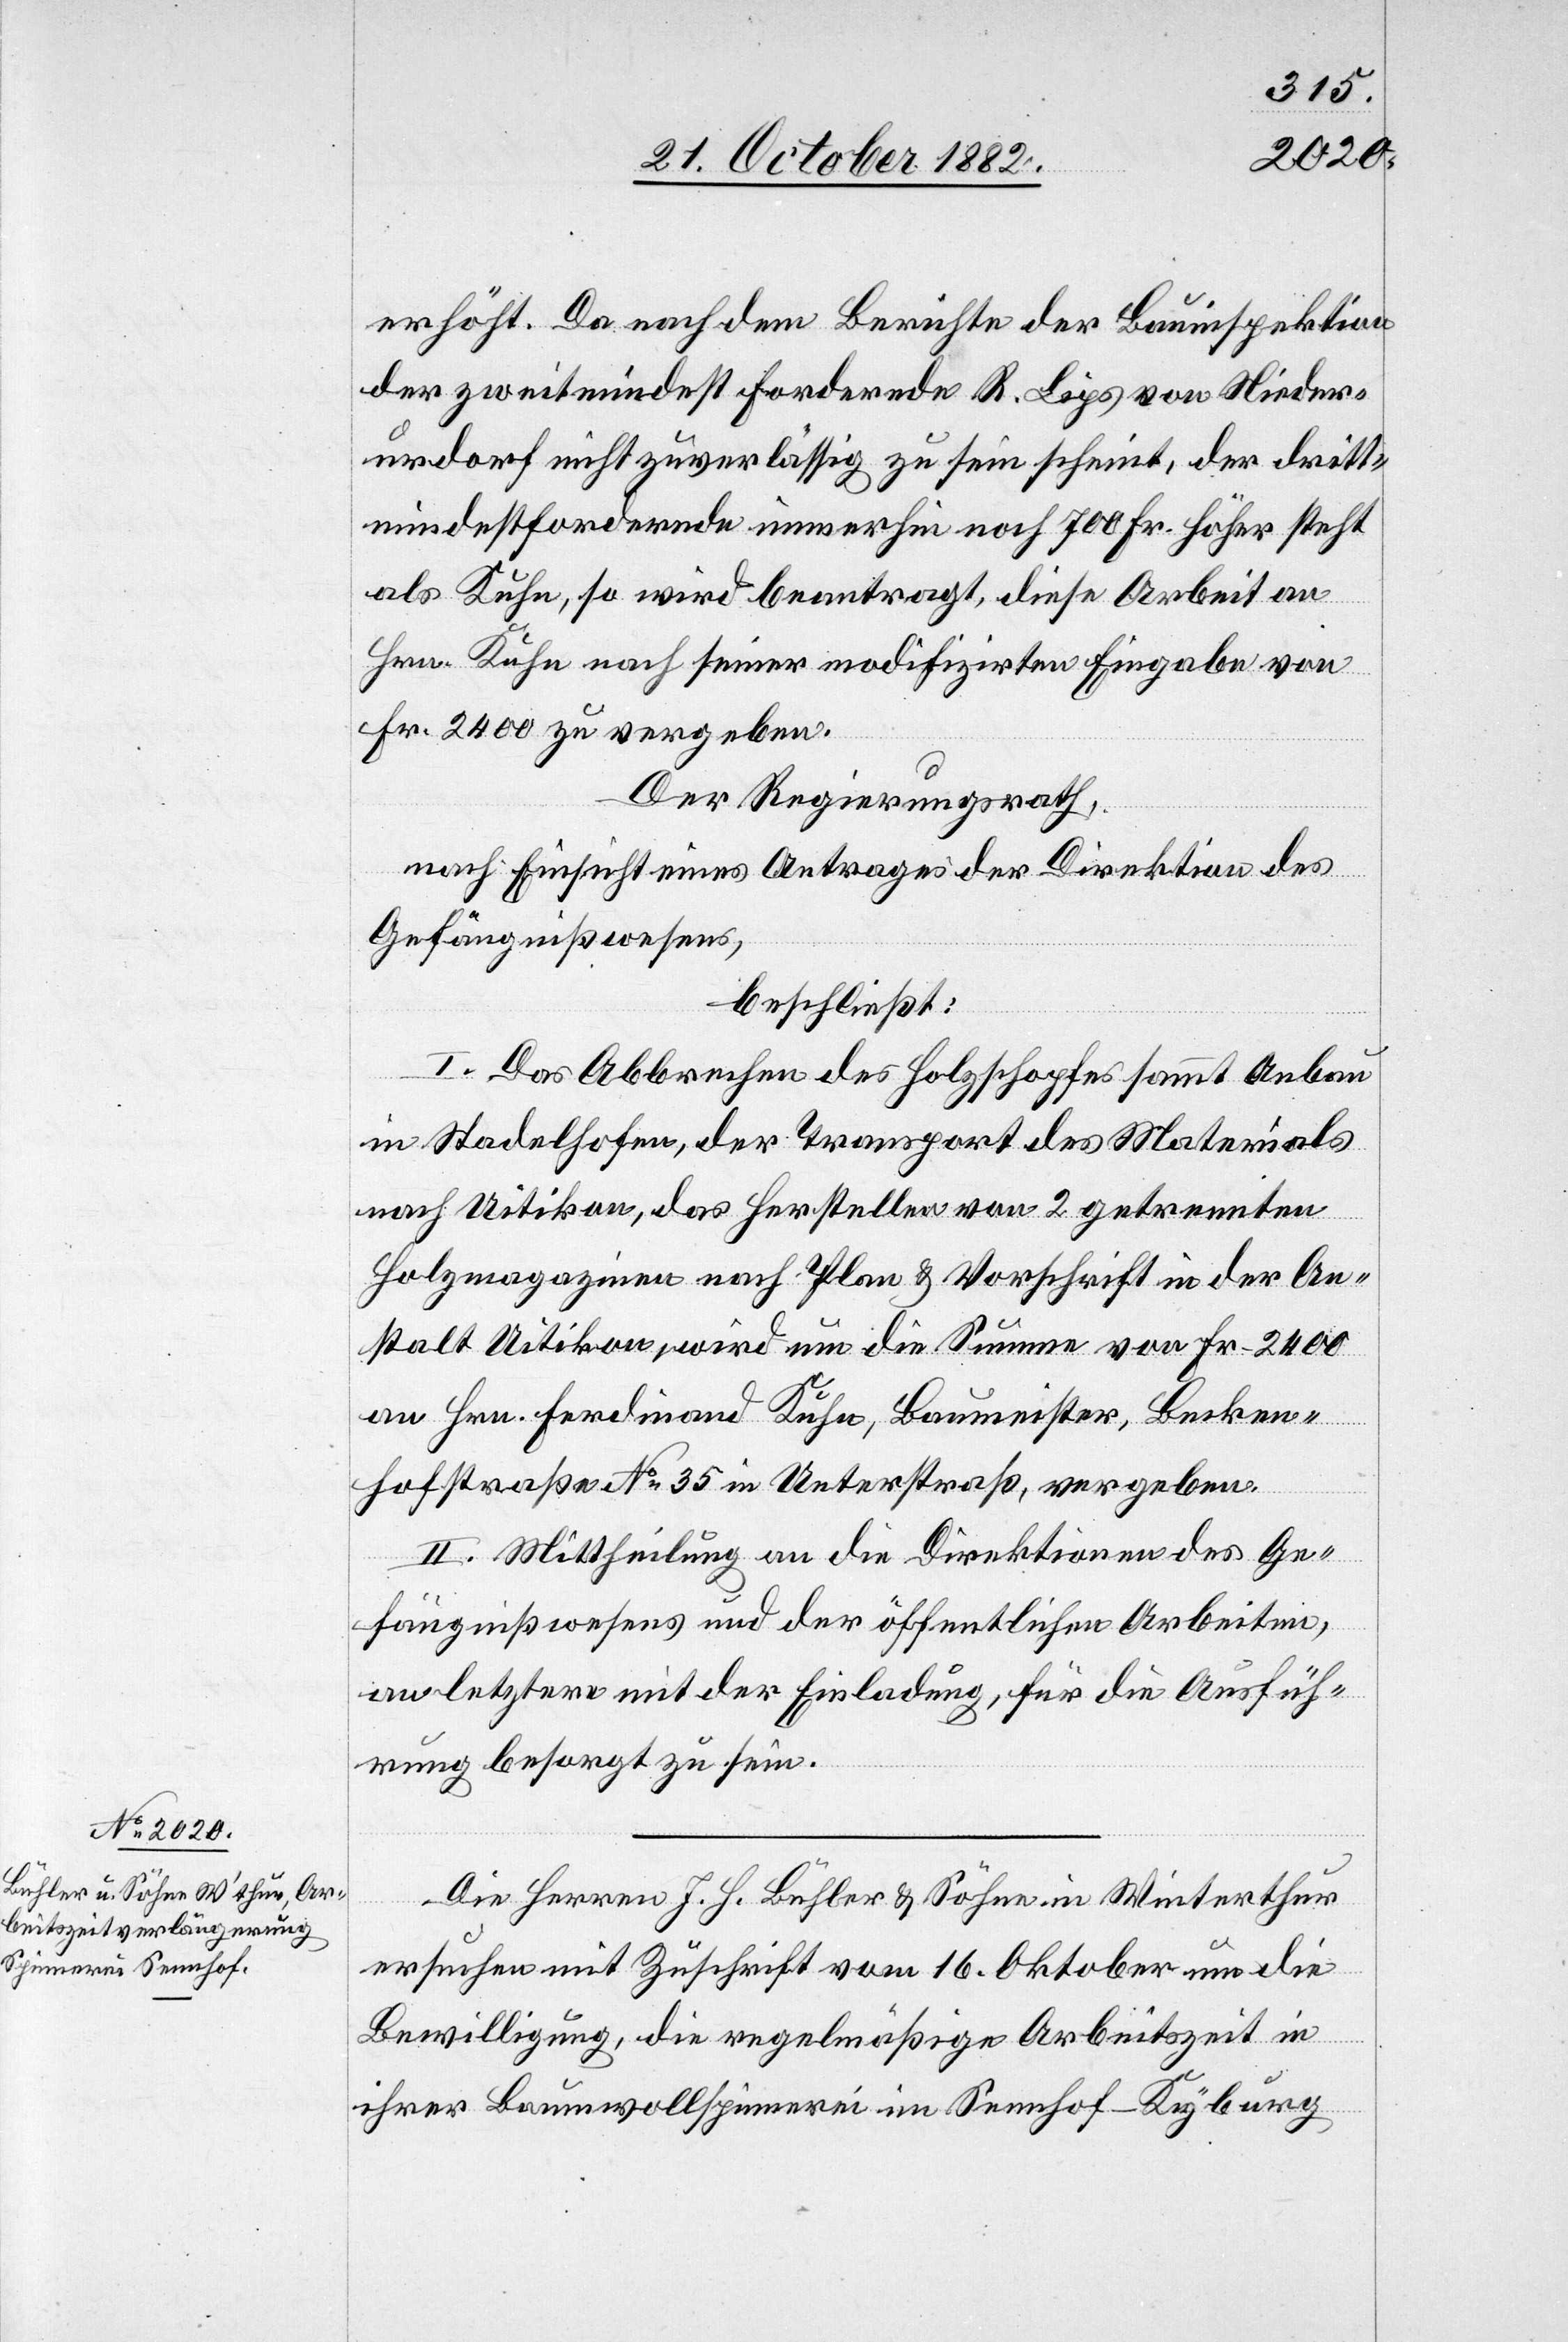
24. October 1882.]
erhöht. Da nach dem Berichte der Bauinspektion
der zweitmindest fordernde R. Lips von Nieder¬
urdorf nicht zuverlässig zu sein scheint, der dritt¬
mindestfordernde immerhin noch 700 Fr. höher steht
als Kuhn, so wird beantragt, diese Arbeit an
en.
Hrn. Kuhn nach seiner modifizirten Eingabe von
Fr. 2400 zu vergeben.
Der Regierungsrath,
nach Einsicht eines Antrages der Direktion des
Gefängnißwesens,
beschließt:
I. Das Abbrechen des Holzschopfes sammt Anbau
in Stadelhofen, der Transport des Materials
nach Uitikon, das Herstellen von 2 getrennten
Holzmagazinen nach Plan & Vorschrift in der An¬
stalt Uitikon, wird um die Summe von Fr. 2400
an Hrn. Ferdinand Kuhn, Baumeister, Becken¬
hofstraße No 35 in Unterstraß, vergeben.
II. Mittheilung an die Direktionen des Ge¬
fängnißwesens und der öffentlichen Arbeiten,
an letztere mit der Einladung, für die Ausfüh¬
rung besorgt zu sein.
fügung¬
Die Herren J. H. Bühler & Söhne in Winterthur
ersuchen mit Zuschrift vom 16. Oktober um die
Bewilligung, die regelmäßige Arbeitszeit in
ihrer Baumwollspinnerei im Sennhof - Kyburg